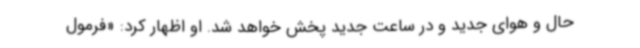
حال و هوای جدید و در ساعت جدید پخش خواهد شد. او اظهار کرد: «فرمول